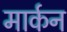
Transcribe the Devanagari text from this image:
मार्कन